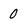
Character: 0